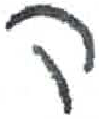
אות: ק